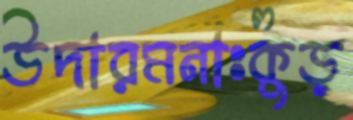
উদারমনাঃকুড়